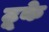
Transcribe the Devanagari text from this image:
टूके